Scientific memoirs by medical officers of the Army of India - Part V,
Year: 1890
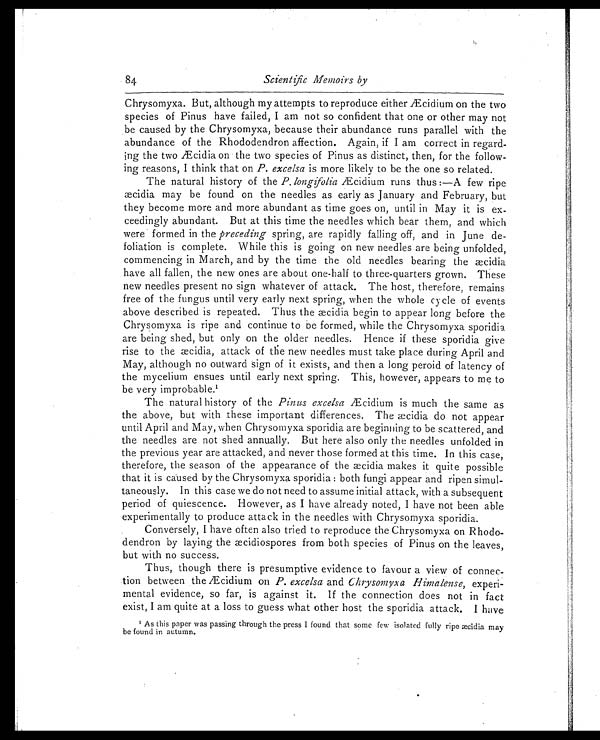
84
Scientific Memoirs by
Chrysomyxa. But, although my attempts to reproduce either Æcidium on the two
species of Pinus have failed, I am not so confident that one or other may not
be caused by the Chrysomyxa, because their abundance runs parallel with the
abundance of the Rhododendron affection. Again, if I am correct in regard
- i n g t h e t w o Æ
i d i a
on the two species of Pinus as distinct, then, for the follow
- i n g r e a s o n s , I t h i n k t h a t o nP
. e x c e l s a
i s m o r e l i k e l y t o b e t h e o n e s o r e l a t e d .
The natural history of the P. longifolia Æcidium runs thus:—A few ripe
æcidia may be found on the needles as early as January and February, but
they become more and more abundant as time goes on, until in May it is ex
-ceedingly abundant. But at this time the needles which bear them, and which
were formed in the preceding spring, are rapidly falling off, and in June de
-foliation is complete. While this is going on new needles are being unfolded,
commencing in March, and by the time the old needles bearing the æcidia
have all fallen, the new ones are about one-half to three-quarters grown. These
new needles present no sign whatever of attack. The host, therefore, remains
free of the fungus until very early next spring, when the whole cycle of events
above described is repeated. Thus the æcidia begin to appear long before the
Chrysomyxa is ripe and continue to be formed, while the Chrysomyxa sporidia
are being shed, but only on the older needles. Hence if these sporidia give
r i s e t o t h e æ c i d i a , a t t a c k o f t h e n e w n e e d l e s m u s t t a k e p l a c e d u r i n g A p r i l a n d
May, although no outward Sign of it exists, and then a long peroid of latency of
the mycelium ensues until early next spring. This, however, appears to me to
be very improbable.1
The natural history of the Pinus excelsa Æcidium is much the same as
the above, but with these important differences. The æcidia do not appear
until April and May, when Chrysomyxa sporidia are beginning to be scattered, and
the needles are not shed annually. But here also only the needles unfolded in
the previous year are attacked, and never those formed at this time. In this case,
therefore, the season of the appearance of the æcidia makes it quite possible
that it is caused by the Chrysomyxa sporidia: both fungi appear and ripen simul
- t a n e o u s l y . I n t h i s c a s e w e d o n o t n e e d t o a s s u m e i n i t i a l a t t a c k , w i t h a s u b s e q u e n t
period of quiescence. However, as I have already noted, I have not been able
experimentally to produce attack in the needles with Chrysomyxa sporidia.
Conversely, I have often also tried to reproduce the Chrysomyxa on R hodo
- d e n d r o n b y l a y i n g t h e æ c i d i o s p o r e s f r o m b o t h s p e c i e s o f P i n u s o n t h e l e a v e s ,
but with no success.
Thus, though there is presumptive evidence to favour a view of connec
- t i o n b e t w e e n t h e Æ c i d i u m o nP
. e x c e l s a
a n d
C h r y s o m y x a H i m a l e n s e ,
experi
- m e n t a l e v i d e n c e , s o f a r , i s a g a i n s t i t . I f t h e c o n n e c t i o n d o e s n o t i n f a c t
exist, I am quite at a loss to guess what other host the sporidia attack. I have
1 As this paper was passing through the press I found that some few isolated fully ripe æcidia may
be found in autumn.